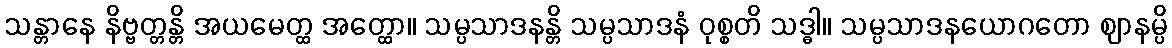
သန္တာနေ နိဗ္ဗတ္တန္တိ အယမေတ္ထ အတ္ထော။ သမ္ပသာဒနန္တိ သမ္ပသာဒနံ ဝုစ္စတိ သဒ္ဓါ။ သမ္ပသာဒနယောဂတော ဈာနမ္ပိ